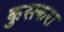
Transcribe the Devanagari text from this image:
कुसकरा